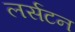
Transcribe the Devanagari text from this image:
लर्सटन